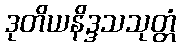
ဒုတိယနိဒ္ဒသသုတ္တံ